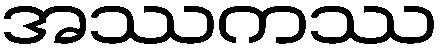
အဿကဿ